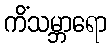
ကိံသမ္ဘာရော